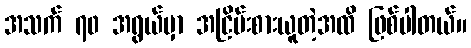
အသက် ၇၀ အရွယ်မှာ အငြိမ်းစားယူတဲ့အထိ ဖြစ်ပါတယ်။